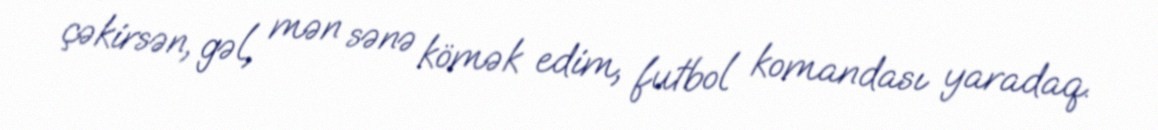
çəkirsən, gəl, mən sənə kömək edim, futbol komandası yaradaq.